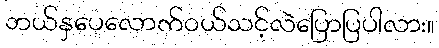
ဘယ်နှပေလောက်ဝယ်သင့်လဲပြောပြပါလား။